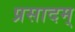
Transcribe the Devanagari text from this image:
प्रसादम्